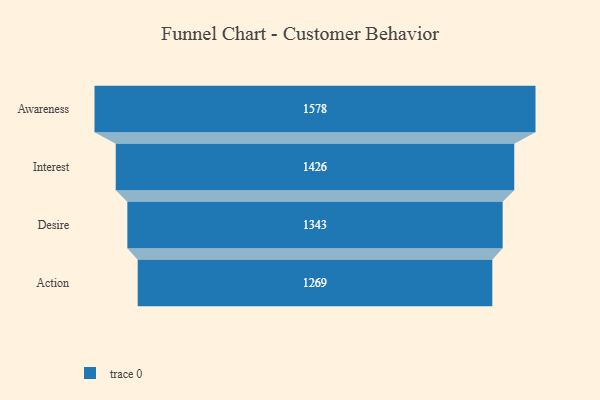
{"axis": {"x": "Stage", "y": "Value"}, "legend": [""], "data": [{"x": "Awareness", "y": 1578.0, "type": ""}, {"x": "Interest", "y": 1426.0, "type": ""}, {"x": "Desire", "y": 1343.0, "type": ""}, {"x": "Action", "y": 1269.0, "type": ""}]}